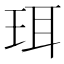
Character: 珥